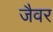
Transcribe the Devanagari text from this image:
जैवर